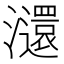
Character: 㶎